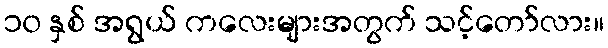
၁၀ နှစ် အရွယ် ကလေးများအတွက် သင့်တော်လား။